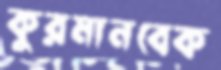
কুরমানবেক